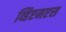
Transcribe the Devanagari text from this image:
व्हिएमएस